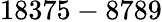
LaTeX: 18375-8789